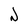
Character: J